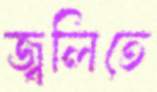
জ্বলিতে